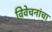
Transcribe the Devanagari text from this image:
विवेचनांचा